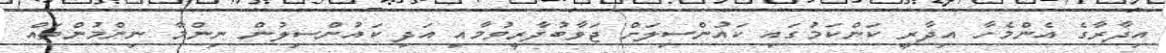
އިދާރާގެ އެންމެހާ އިދާރީ ކަންކަމުގައި ކައުންސިލަށް ޖަވާބުދާރީވުމާއި އަދި ކައުންސިލުން ނިންމާ ނިންމުންތައް